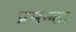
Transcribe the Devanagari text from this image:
प्रसन्न्ता